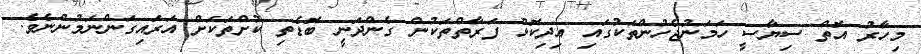
މިހާރު އޮތް ސިޔާސީ ހަމަނުޖެހުންތަކުގައި އިދިކޮޅު ފަރާތްތަކުން ގެންދަނީ ބޮޑެތި ކުށްތަކަށް އަރައިގަންނަމުންނެވެ.